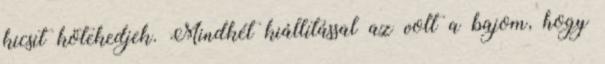
kicsit kötekedjek. Mindkét kiállítással az volt a bajom, hogy